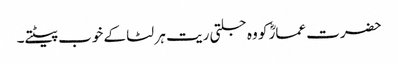
حضرت عمارؓ کو وہ جلتی ریت ہر لٹا کے خوب پیٹتے۔